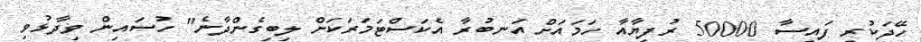
ހޭދަކުރި ފައިސާ 50000 ރުފިޔާއާ ހަމައަށް އަނބުރާ އެކަސްޓަމަރަކަށް ލިބިގެންދާނެ" ހުސައިން ވިދާޅުވި